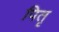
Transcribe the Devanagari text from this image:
पितृ